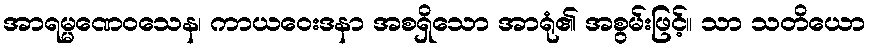
အာရမ္မဏေဝသေန၊ ကာယဝေးဒနာ အစရှိသော အာရုံ၏ အစွမ်းဖြင့်။ သာ သတိယော